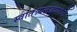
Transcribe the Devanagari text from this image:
स्वातंत्र्यलढ्यातले